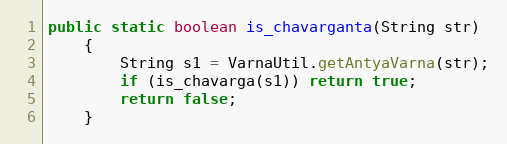
Language: Java
public static boolean is_chavarganta(String str)
    {
        String s1 = VarnaUtil.getAntyaVarna(str);
        if (is_chavarga(s1)) return true;
        return false;
    }